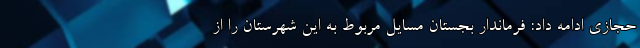
حجازی ادامه داد: فرماندار بجستان مسایل مربوط به این شهرستان را از